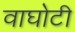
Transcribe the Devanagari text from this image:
वाघोटी